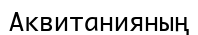
Аквитанияның